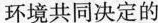
环境共同决定的